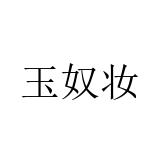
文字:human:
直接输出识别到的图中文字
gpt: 玉奴妆